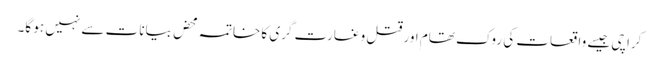
کراچی جیسے واقعات کی روک تھام اور قتل و غارت گری کا خاتمہ محض بیانات سے نہیں ہو گا۔